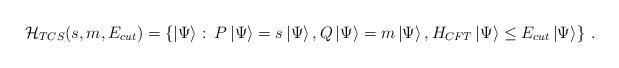
LaTeX: \begin{align*}{\cal H}_{TCS}(s,m,E_{cut})=\left\{ \left| \Psi \right\rangle :\: P\left| \Psi \right\rangle =s\left| \Psi \right\rangle ,Q\left| \Psi \right\rangle =m\left| \Psi \right\rangle ,H_{CFT}\left| \Psi \right\rangle \leq E_{cut}\left| \Psi \right\rangle \right\} \: .\end{align*}